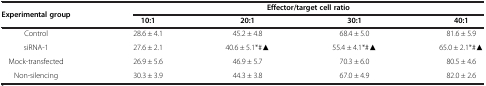
<table><thead><tr><td rowspan="2"><b>Experimental group</b></td><td colspan="4"><b>Effector/target cell ratio</b></td></tr><tr><td><b>10:1</b></td><td><b>20:1</b></td><td><b>30:1</b></td><td><b>40:1</b></td></tr></thead><tbody><tr><td>Control</td><td>28.6 ± 4.1</td><td>45.2 ± 4.8</td><td>68.4 ± 5.0</td><td>81.6 ± 5.9</td></tr><tr><td>siRNA-1</td><td>27.6 ± 2.1</td><td>40.6 ± 5.1*#▲</td><td>55.4 ± 4.1*#▲</td><td>65.0 ± 2.1*#▲</td></tr><tr><td>Mock-transfected</td><td>26.9 ± 5.6</td><td>46.9 ± 5.7</td><td>70.3 ± 6.0</td><td>80.5 ± 4.6</td></tr><tr><td>Non-silencing</td><td>30.3 ± 3.9</td><td>44.3 ± 3.8</td><td>67.0 ± 4.9</td><td>82.0 ± 2.6</td></tr></tbody></table>